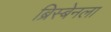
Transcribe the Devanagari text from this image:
ब्रिस्बेनला